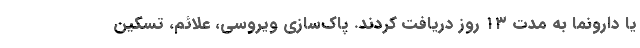
یا دارونما به مدت ۱۳ روز دریافت کردند. پاک‌سازی ویروسی، علائم، تسکین